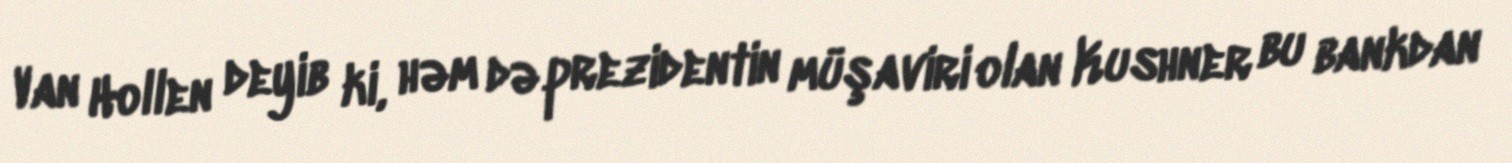
Van Hollen deyib ki, həm də prezidentin müşaviri olan Kushner bu bankdan